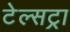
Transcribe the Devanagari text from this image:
टेल्‍सट्रा